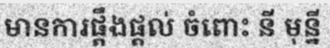
មានការផ្តឹងផ្តល់ ចំពោះ នី មុន្នី